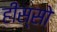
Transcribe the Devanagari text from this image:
हीस्सो